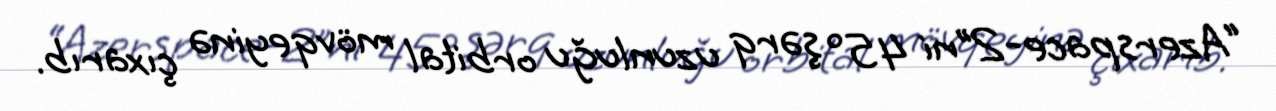
“Azerspace-2”ni 45° şərq uzunluğu orbital mövqeyinə çıxarıb.